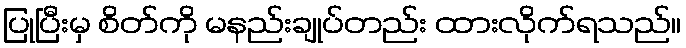
ပြုပြီးမှ စိတ်ကို မနည်းချုပ်တည်း ထားလိုက်ရသည်။